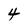
Character: 4